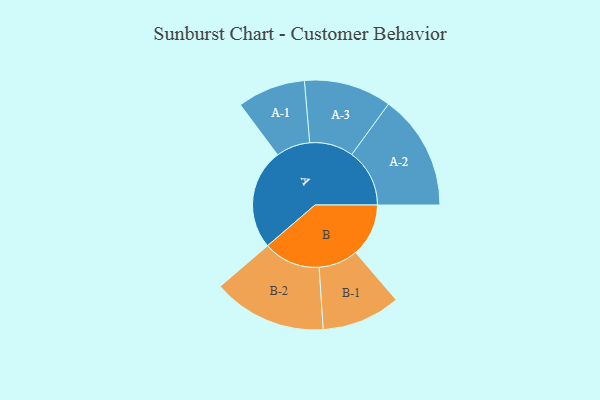
{"axis": {"x": "Segment", "y": "Value"}, "legend": ["", "A", "B"], "data": [{"x": "A", "y": 475, "type": ""}, {"x": "B", "y": 250, "type": ""}, {"x": "A-1", "y": 161, "type": "A"}, {"x": "A-2", "y": 273, "type": "A"}, {"x": "A-3", "y": 207, "type": "A"}, {"x": "B-1", "y": 186, "type": "B"}, {"x": "B-2", "y": 269, "type": "B"}]}